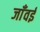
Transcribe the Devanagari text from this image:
जाँवई